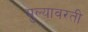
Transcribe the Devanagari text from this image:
मुल्यावरती